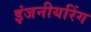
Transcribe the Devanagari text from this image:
इंजनीयरिंग